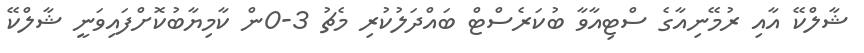
ޝާލްކޭ އާއި ރުމޭނިއާގެ ސްޓިއާވާ ބުކަރެސްޓް ބައްދަލުކުރި މެޗު 3-0ން ކާމިޔާބުކޮށްފައިވަނީ ޝާލްކޭ